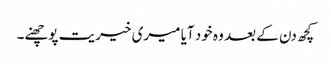
کچھ دن کے بعد وہ خود آیا میری خیریت پوچھنے۔